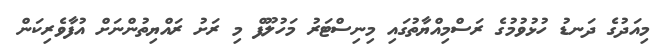
މިއަދުގެ ދަނޑު ހުޅުވުމުގެ ރަސްމިއްޔާތުގައި މިނިސްޓަރު މަހުލޫފް މި ރަށު ރައްޔިތުންނަށް އުފާވެރިކަން